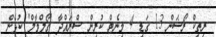
ރިތިކް ރޯޝަން 13 ގަޑި 4 މިނެޓް ކުރިން ޝްރައްދާ 'ގޯލްމާލް' ކުޅެން